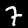
Label: 7